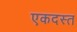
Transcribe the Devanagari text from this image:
एकदस्त